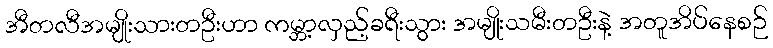
အီတလီအမျိုးသားတဦးဟာ ကမ္ဘာ့လှည့်ခရီးသွား အမျိုးသမီးတဦးနဲ့ အတူအိပ်နေစဉ်